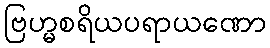
ဗြဟ္မစရိယပရာယဏော